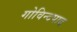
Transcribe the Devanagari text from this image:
गोविन्दपाद